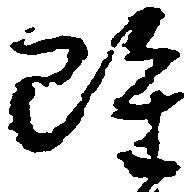
雖